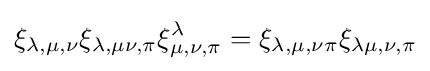
\xi _{\lambda ,\mu ,\nu }\xi _{\lambda ,\mu \nu ,\pi }\xi _{\mu ,\nu ,\pi }^{\lambda }=\xi _{\lambda ,\mu ,\nu \pi }\xi _{\lambda \mu ,\nu ,\pi }